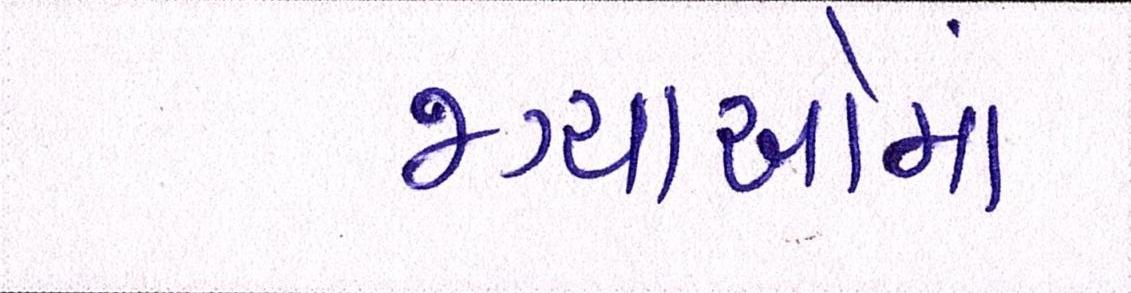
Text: જગ્યાઓમાં